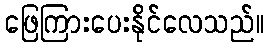
ဖြေကြားပေးနိုင်လေသည်။